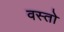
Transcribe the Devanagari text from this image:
वस्तो